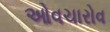
ઓવચારોવ